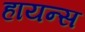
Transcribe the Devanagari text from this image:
हायन्स